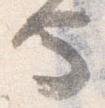
也